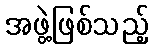
အဖွဲ့ဖြစ်သည့်